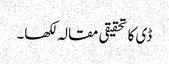
ڈی کا تحقیقی مقالہ لکھا۔